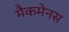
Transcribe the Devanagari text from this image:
मैकमेनस